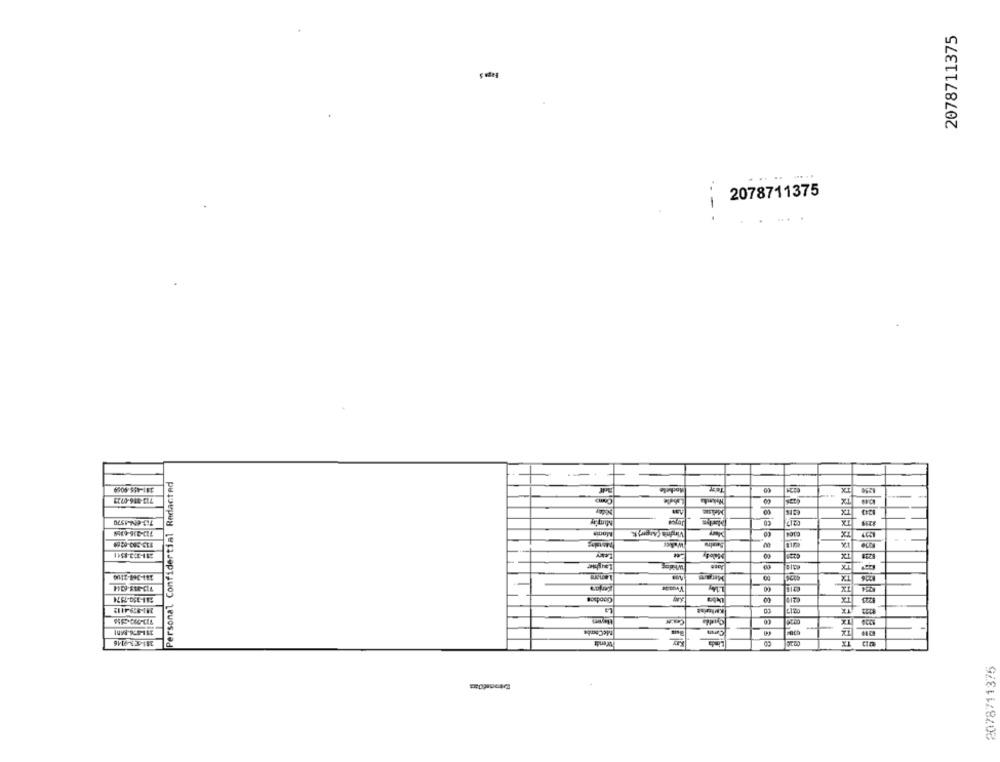
2078711375
2078711375
....
-- -
381-455-9059
Personal Confidential Redacted
d
Rochelle
TX
224
1250
713-316-0727
TX
Midey
7:3-68-1570
₡217
713-216-4358
Moms
Virginia (Anger).
TX
-.-
113-363-62 09
Lewy
Salody
TX
Laughter
TX
Lenare
TX
Goodson
TX
241-879-4112
MeCombe
Linda
181-53-9146
Fürendt
2078711375